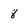
Character: 8